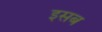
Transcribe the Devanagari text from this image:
इसब